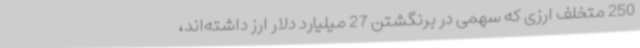
250 متخلف ارزی که سهمی در برنگشتن 27 میلیارد دلار ارز داشته‌اند،